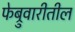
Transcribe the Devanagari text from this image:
फेब्रुवारीतील